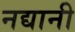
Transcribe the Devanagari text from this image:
नद्यानी